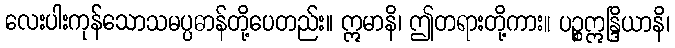
လေးပါးကုန်သောသမပ္ပဓာန်တို့ပေတည်း။ ဣမာနိ၊ ဤတရားတို့ကား။ ပဉ္စဣန္ဒြိယာနိ၊